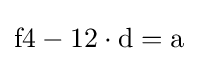
{\text{f4}}-12\cdot {\text{d}}={\text{a}}